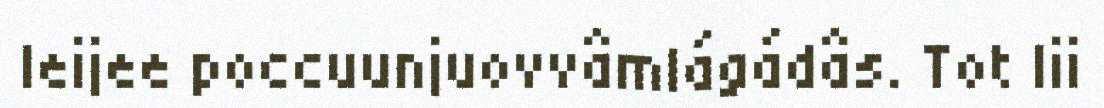
leijee poccuunjuovvâmlágádâs. Tot lii